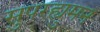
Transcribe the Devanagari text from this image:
सुपरह्युमन